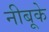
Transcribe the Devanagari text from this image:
नीबूके